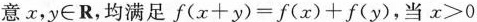
意x，y∈R，均满足$$f ( x +